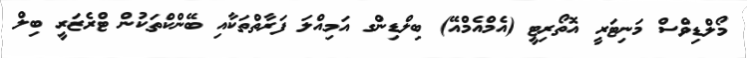
މޯލްޑިވްސް މަނިޓަރީ އޮތޯރިޓީ (އެމްއެމްއޭ) ބިލްޑިންގ އަމިއްލަ ފަރާތްތަކާއި ބޭންކްތަކުން ޓްރެޒަރީ ބިލް